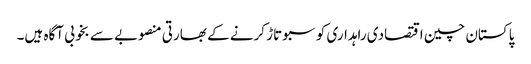
پاکستان چین اقتصادی راہداری کو سبوتاڑ کرنے کے بھارتی منصوبے سے بخوبی آگاہ ہیں۔